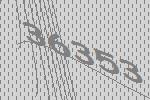
36353